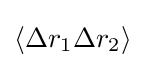
\langle \Delta r_{1}\Delta r_{2}\rangle